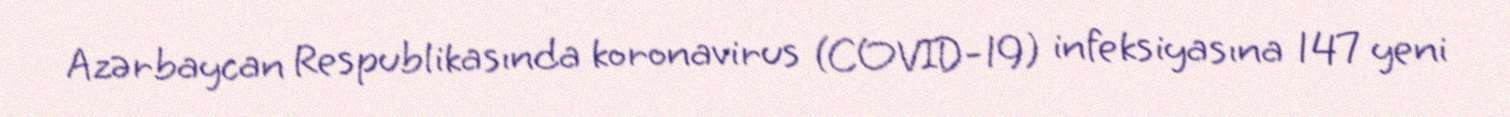
Azərbaycan Respublikasında koronavirus (COVID-19) infeksiyasına 147 yeni